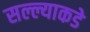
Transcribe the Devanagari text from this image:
सल्ल्याकडे